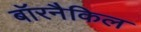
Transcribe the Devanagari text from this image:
बॉरनैकिल